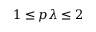
1 \leq p \lambda \leq 2